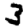
Digit: 3